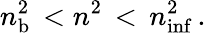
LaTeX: n_{\mathrm{b}}^{2}\, <n^{2}\, <\, n_{\mathrm{inf}}^{2}\, .